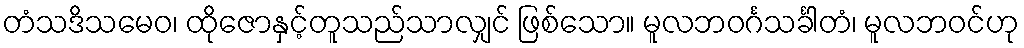
တံသဒိသမေဝ၊ ထိုဇောနှင့်တူသည်သာလျှင် ဖြစ်သော။ မူလဘဝင်္ဂသင်္ခါတံ၊ မူလဘဝင်ဟု